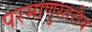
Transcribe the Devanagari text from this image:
परमाणुस्तरीय